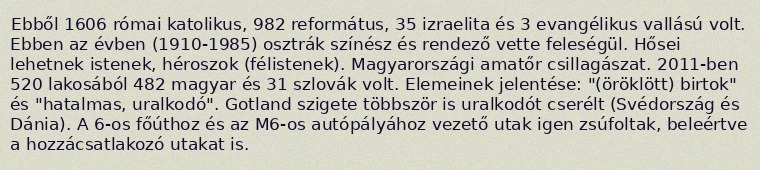
Ebből 1606 római katolikus, 982 református, 35 izraelita és 3 evangélikus vallású volt. Ebben az évben (1910-1985) osztrák színész és rendező vette feleségül. Hősei lehetnek istenek, héroszok (félistenek). Magyarországi amatőr csillagászat. 2011-ben 520 lakosából 482 magyar és 31 szlovák volt. Elemeinek jelentése: "(öröklött) birtok" és "hatalmas, uralkodó". Gotland szigete többször is uralkodót cserélt (Svédország és Dánia). A 6-os főúthoz és az M6-os autópályához vezető utak igen zsúfoltak, beleértve a hozzácsatlakozó utakat is.